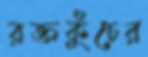
রক্তকুঁচের